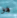
هو